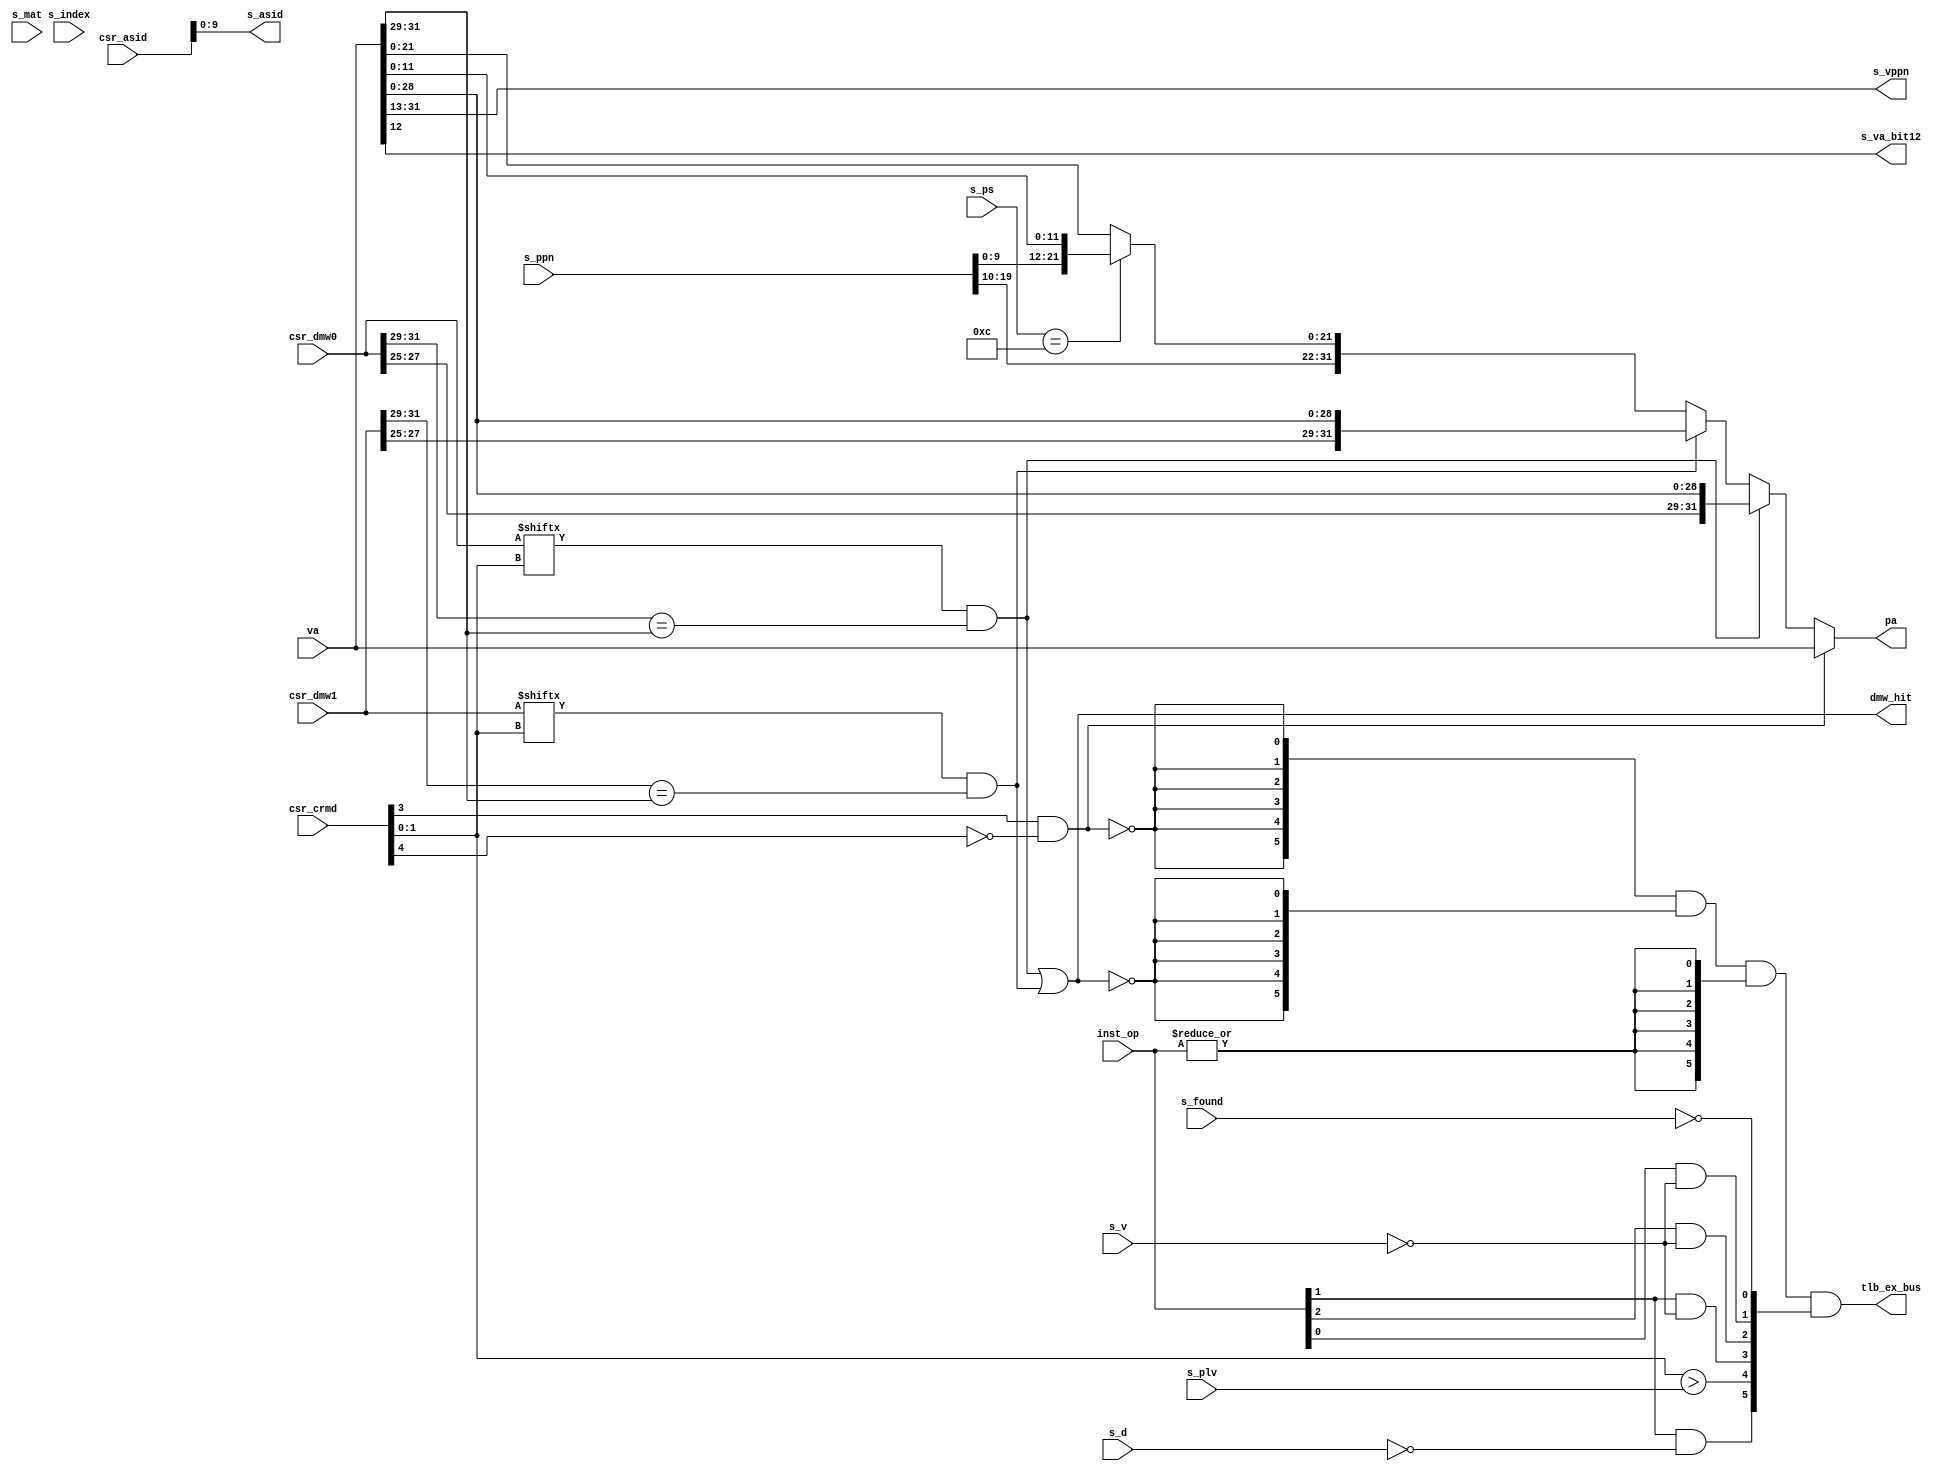
module vaddr_transfer(
    input wire  [31:0] va,       // 
    input wire  [ 2:0] inst_op,  // {load.store,inst}
    output wire [31:0] pa,       // 
    output wire [ 5:0] tlb_ex_bus,//{PME,PPI,PIS,PIL,PIF,TLBR}, 
    // tlb:: s0/1
    output wire [18:0] s_vppn,
    output wire        s_va_bit12,
    output wire [ 9:0] s_asid,
    input wire         s_found,
    input wire  [ 3:0] s_index,
    input wire  [19:0] s_ppn,
    input wire  [ 5:0] s_ps,
    input wire  [ 1:0] s_plv,
    input wire  [ 1:0] s_mat,
    input wire         s_d,
    input wire         s_v,
    // crmd:: csr
    input wire  [31:0] csr_asid,
    input wire  [31:0] csr_crmd,
    // dmw:: dmw
    output wire dmw_hit,
    input wire  [31:0] csr_dmw0,
    input wire  [31:0] csr_dmw1
);
// ! 
wire direct_mode;
wire mapping_mode;
assign direct_mode = csr_crmd[3] & ~csr_crmd[4]; // da = 1 && pg = 0
assign mapping_mode = ~csr_crmd[3] & csr_crmd[4];

//direct
wire dmw_hit0;
wire dmw_hit1;
wire [31:0] dmw_pa0;
wire [31:0] dmw_pa1;
wire [31:0] tlb_pa;

// * 
    assign dmw_hit  = dmw_hit0 | dmw_hit1;
    assign dmw_hit0 = csr_dmw0[csr_crmd[1:0]] && (csr_dmw0[31:29]==va[31:29]);
    assign dmw_hit1 = csr_dmw1[csr_crmd[1:0]] && (csr_dmw1[31:29]==va[31:29]);
    assign dmw_pa0  = {csr_dmw0[27:25],va[28:0]};
    assign dmw_pa1  = {csr_dmw1[27:25],va[28:0]};
// * 
    // ! output wire
    assign s_vppn =  va[31:13];
    assign s_va_bit12 = va[12];
    assign s_asid =  csr_asid[9:0];
    // ! input wire--
    assign tlb_pa = (s_ps==6'd12)? {s_ppn[19:0],va[11:0]} : {s_ppn[19:10],va[21:0]};
    // ! :{PME,PPE,PIS,PIL,PIF,TLBR}
    assign tlb_ex_bus = {6{!direct_mode}} & // , tlb
            {6{!dmw_hit}} &  // dmw, tlb
            {6{|inst_op}} & {// inst_op
            inst_op[1]    & ~s_d, // :: PME
            csr_crmd[1:0] > s_plv,// :: PPI
            inst_op[1]    & ~s_v, // store:: PIS
            inst_op[2]    & ~s_v, // :: PIF
            inst_op[0]    & ~s_v, // load:: PIL
            ~s_found};// 

    // input wire  [ 3:0] s_index, 
    // input wire  [ 1:0] s_mat,
// ! 
/*
 * , direct, vapa
 * dwm, tlb_pa
 */
assign pa = direct_mode ? va:
        (dmw_hit0 ? dmw_pa0 :
        (dmw_hit1 ? dmw_pa1 : tlb_pa));


endmodule